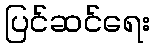
ပြင်ဆင်ရေး